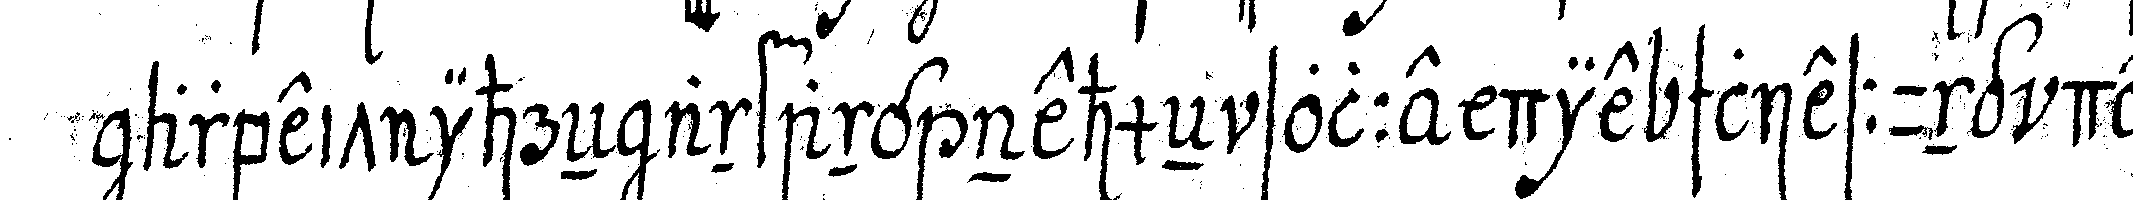
arbeit ihreN anfang nehmeN solle die schliessung der